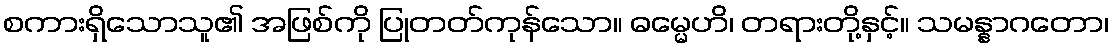
စကားရှိသောသူ၏ အဖြစ်ကို ပြုတတ်ကုန်သော။ ဓမ္မေဟိ၊ တရားတို့နှင့်။ သမန္နာဂတော၊